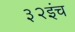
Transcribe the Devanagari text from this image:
३२इंच